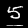
Digit: 5